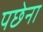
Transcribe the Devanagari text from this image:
पछेना